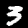
Label: 3